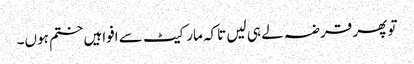
تو پھر قرضہ لے ہی لیں تاکہ مارکیٹ سے افواہیں ختم ہوں۔